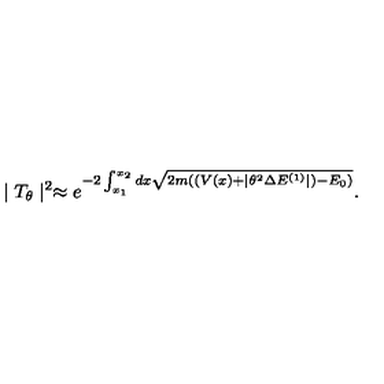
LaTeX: \mid T _ { \theta } \mid ^ { 2 } \approx e ^ { - 2 \int _ { x _ { 1 } } ^ { x _ { 2 } } d x \sqrt { 2 m ( ( V ( x ) + \mid \theta ^ { 2 } \Delta E ^ { ( 1 ) } \mid ) - E _ { 0 } ) } } .